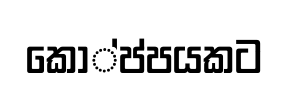
කෝ්ප්පයකට